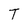
Character: T